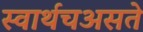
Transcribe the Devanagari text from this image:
स्वार्थचअसते